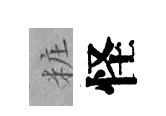
粧怪